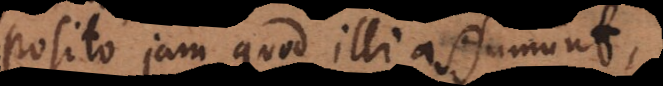
posito jam quod illi assumunt,